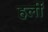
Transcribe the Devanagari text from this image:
हलीं